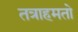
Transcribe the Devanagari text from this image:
तत्राहमतो